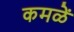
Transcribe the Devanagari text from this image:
कमळें